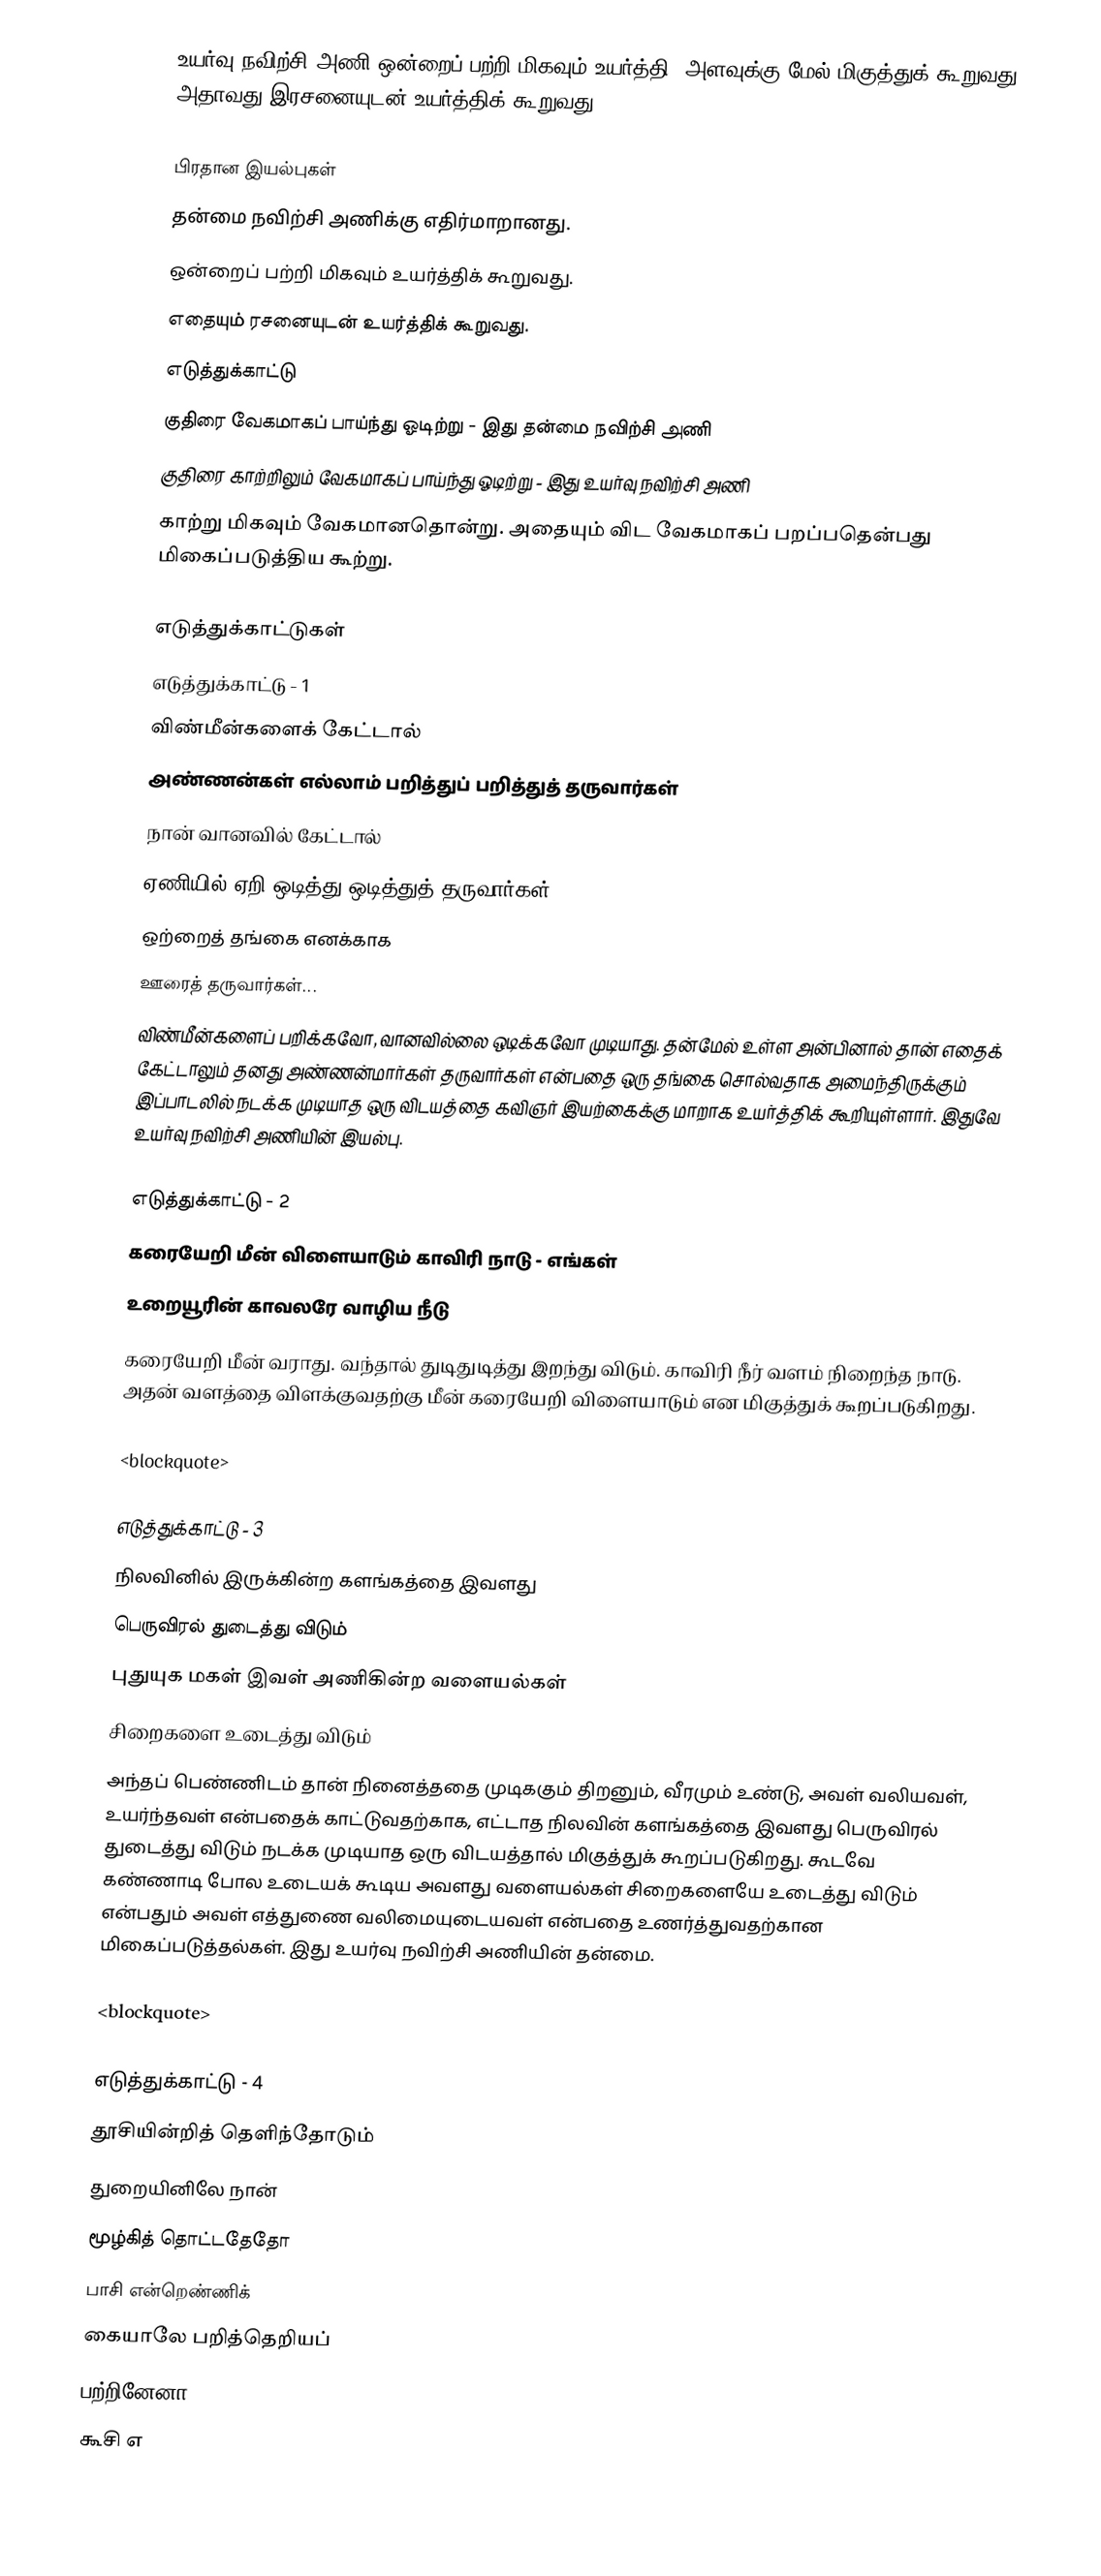
உயர்வு நவிற்சி அணி ஒன்றைப் பற்றி மிகவும் உயர்த்தி, அளவுக்கு மேல் மிகுத்துக் கூறுவது. அதாவது இரசனையுடன் உயர்த்திக் கூறுவது.

பிரதான இயல்புகள்
 தன்மை நவிற்சி அணிக்கு எதிர்மாறானது.
 ஒன்றைப் பற்றி மிகவும் உயர்த்திக் கூறுவது.
 எதையும் ரசனையுடன் உயர்த்திக் கூறுவது.
 எடுத்துக்காட்டு
 குதிரை வேகமாகப் பாய்ந்து ஓடிற்று - இது தன்மை நவிற்சி அணி
 குதிரை காற்றிலும் வேகமாகப் பாய்ந்து ஓடிற்று - இது உயர்வு நவிற்சி அணி
காற்று மிகவும் வேகமானதொன்று. அதையும் விட வேகமாகப் பறப்பதென்பது மிகைப்படுத்திய கூற்று.

எடுத்துக்காட்டுகள்
 எடுத்துக்காட்டு - 1
விண்மீன்களைக் கேட்டால்
அண்ணன்கள் எல்லாம் பறித்துப் பறித்துத் தருவார்கள்
நான் வானவில் கேட்டால்
ஏணியில் ஏறி ஒடித்து ஒடித்துத் தருவார்கள்
ஒற்றைத் தங்கை எனக்காக
ஊரைத் தருவார்கள்...
விண்மீன்களைப் பறிக்கவோ, வானவில்லை ஒடிக்கவோ முடியாது. தன்மேல் உள்ள அன்பினால் தான் எதைக் கேட்டாலும் தனது அண்ணன்மார்கள் தருவார்கள் என்பதை ஒரு தங்கை சொல்வதாக அமைந்திருக்கும் இப்பாடலில் நடக்க முடியாத ஒரு விடயத்தை கவிஞர் இயற்கைக்கு மாறாக உயர்த்திக் கூறியுள்ளார். இதுவே உயர்வு நவிற்சி அணியின் இயல்பு.

 எடுத்துக்காட்டு - 2
கரையேறி மீன் விளையாடும் காவிரி நாடு - எங்கள்
உறையூரின் காவலரே வாழிய நீடு
கரையேறி மீன் வராது. வந்தால் துடிதுடித்து இறந்து விடும். காவிரி நீர் வளம் நிறைந்த நாடு. அதன் வளத்தை விளக்குவதற்கு மீன் கரையேறி விளையாடும் என மிகுத்துக் கூறப்படுகிறது.

<blockquote>

எடுத்துக்காட்டு - 3
நிலவினில் இருக்கின்ற களங்கத்தை இவளது
பெருவிரல் துடைத்து விடும்
புதுயுக மகள் இவள் அணிகின்ற வளையல்கள்
சிறைகளை உடைத்து விடும்
அந்தப் பெண்ணிடம் தான் நினைத்ததை முடிககும் திறனும், வீரமும் உண்டு, அவள் வலியவள், உயர்ந்தவள் என்பதைக் காட்டுவதற்காக, எட்டாத நிலவின் களங்கத்தை இவளது பெருவிரல் துடைத்து விடும் நடக்க முடியாத ஒரு விடயத்தால் மிகுத்துக் கூறப்படுகிறது. கூடவே கண்ணாடி போல உடையக் கூடிய அவளது வளையல்கள் சிறைகளையே உடைத்து விடும் என்பதும் அவள் எத்துணை வலிமையுடையவள் என்பதை உணர்த்துவதற்கான மிகைப்படுத்தல்கள். இது உயர்வு நவிற்சி அணியின் தன்மை.

<blockquote>

எடுத்துக்காட்டு - 4
தூசியின்றித் தெளிந்தோடும்
துறையினிலே நான்
மூழ்கித் தொட்டதேதோ
பாசி என்றெண்ணிக்
கையாலே பறித்தெறியப்
பற்றினேனா?
கூசி எ